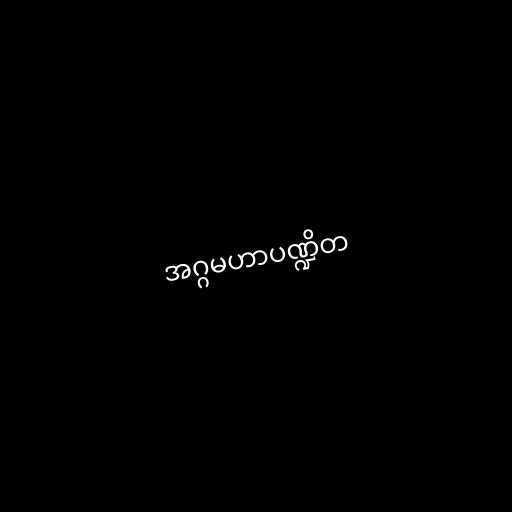
အဂ္ဂမဟာပဏ္ဍိတ